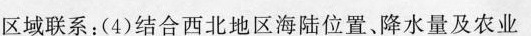
区域联系：(4)结合西北地区海陆位置。降水量及农业